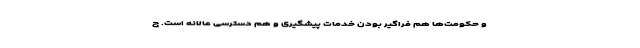
و حکومت‌ها هم فراگیر بودن خدمات پیشگیری و هم دسترسی عالانه است. ج